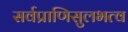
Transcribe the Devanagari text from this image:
सर्वप्राणिसुलभत्व